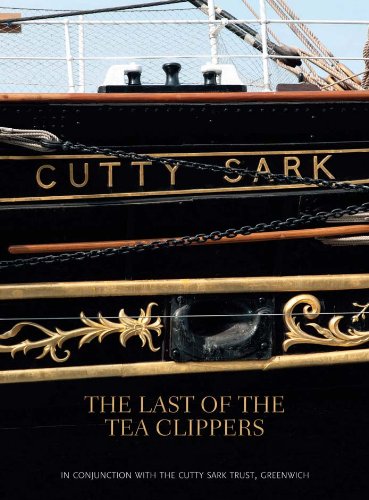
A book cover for Cutty Sark: The Last of the Tea Clippers; Eric Kentley; Arts & Photography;